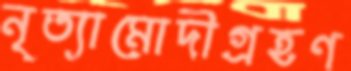
নৃত্যামোদীগ্রহণ